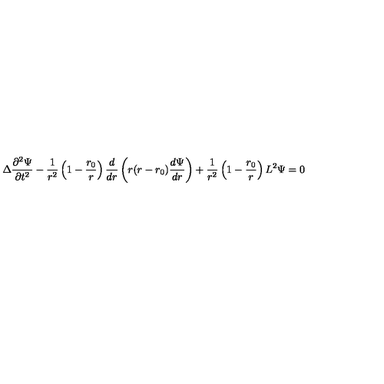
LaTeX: \Delta { \frac { \partial ^ { 2 } \Psi } { \partial t ^ { 2 } } } - { \frac { 1 } { r ^ { 2 } } } \left( 1 - { \frac { r _ { 0 } } { r } } \right) { \frac { d } { d r } } \left( r ( r - r _ { 0 } ) { \frac { d \Psi } { d r } } \right) + { \frac { 1 } { r ^ { 2 } } } \left( 1 - { \frac { r _ { 0 } } { r } } \right) L ^ { 2 } \Psi = 0